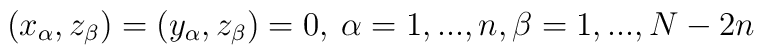
(x_{\alpha}, z_{\beta}) = (y_{\alpha}, z_{\beta}) = 0, \:\alpha = 1,...,n,\beta = 1,...,N-2n